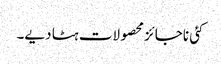
کئی ناجائز محصولات ہٹا دیے۔